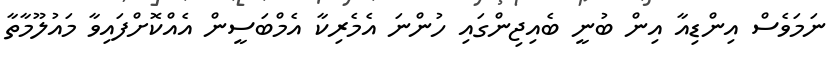
ނަމަވެސް އިންޑިއާ އިން ބުނީ ބެއިޖިންގައި ހުންނަ އެމެރިކާ އެމްބަސީން އެއްކޮށްފަައިވާ މައުލޫމާތާ